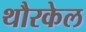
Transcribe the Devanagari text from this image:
थौरकेल